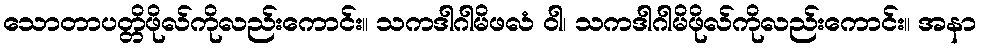
သောတာပတ္တိဖိုလ်ကိုလည်းကောင်း။ သကဒါဂါမိဖလံ ဝါ၊ သကဒါဂါမိဖိုလ်ကိုလည်းကောင်း။ အနာ